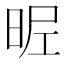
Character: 𣆓